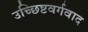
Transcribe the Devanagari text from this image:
उच्छिष्टवर्गवाद